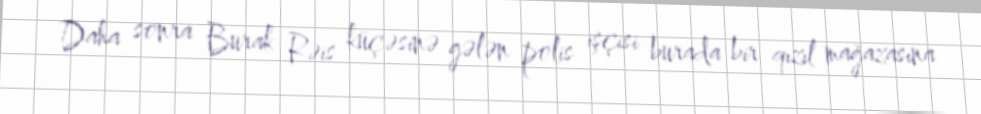
Daha sonra Burak Rəis küçəsinə gələn polis işçisi burada bir qızıl mağazasına